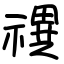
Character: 禩